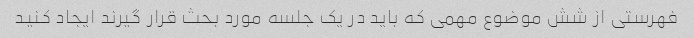
فهرستی از شش موضوع مهمی که باید در یک جلسه مورد بحث قرار گیرند ایجاد کنید